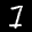
Label: 7